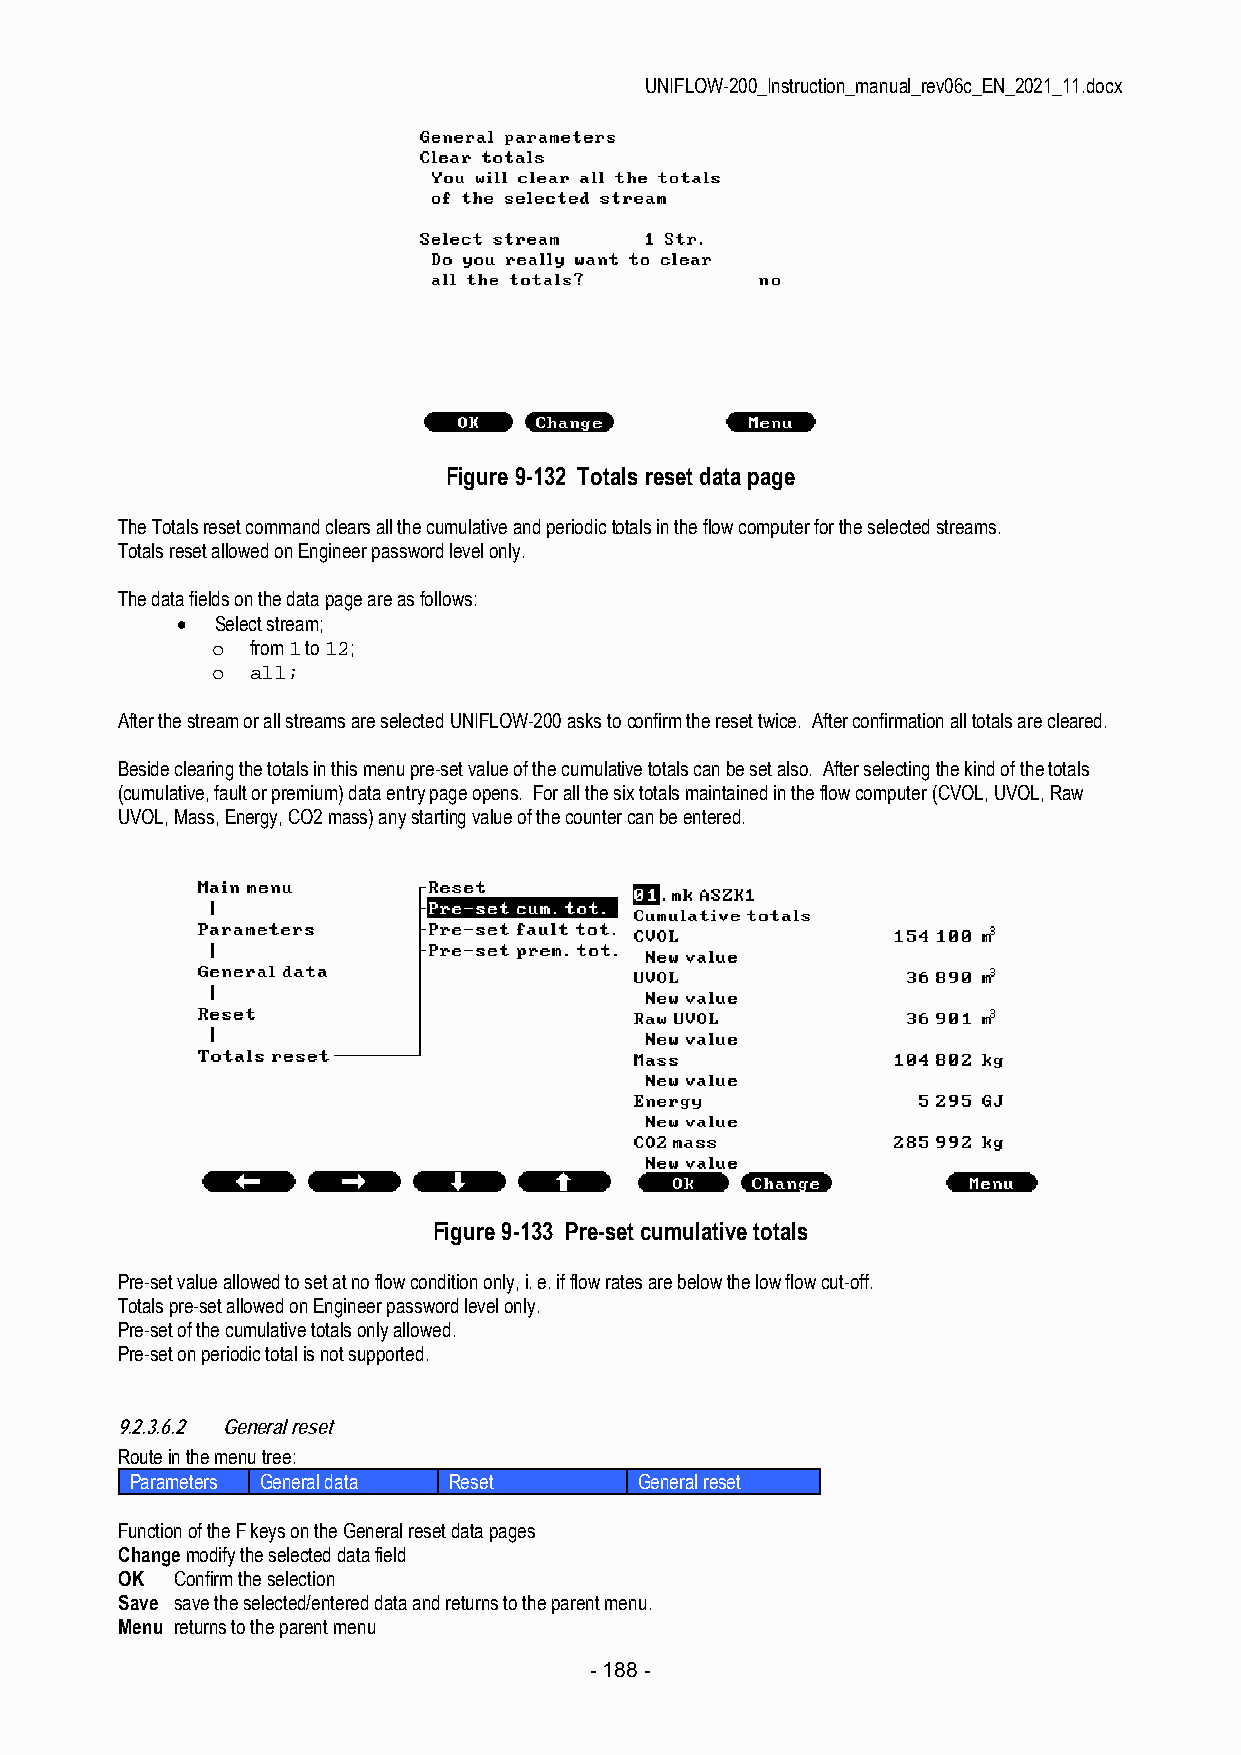
UNIFLOW-200_Instruction_manual_rev06c_EN_2021_11.docx
 Figure 9-132 Totals reset data page
 The Totals reset command clears all the cumulative and periodic totals in the flow computer for the selected streams.
 Totals reset allowed on Engineer password level only.
 The data fields on the data page are as follows:
  Select stream;
 o  from 1 to 12;
 o  all;
 After the stream or all streams are selected UNIFLOW-200 asks to confirm the reset twice. After confirmation all totals are cleared.
 Beside clearing the totals in this menu pre-set value of the cumulative totals can be set also. After selecting the kind of the totals
 (cumulative, fault or premium) data entry page opens. For all the six totals maintained in the flow computer (CVOL, UVOL, Raw
 UVOL, Mass, Energy, CO2 mass) any starting value of the counter can be entered.
 Figure 9-133 Pre-set cumulative totals
 Pre-set value allowed to set at no flow condition only, i. e. if flow rates are below the low flow cut-off.
 Totals pre-set allowed on Engineer password level only.
 Pre-set of the cumulative totals only allowed.
 Pre-set on periodic total is not supported.
 9.2.3.6.2 General reset
 Route in the menu tree:
 Parameters General data Reset    General reset
 Function of the F keys on the General reset data pages
 Change modify the selected data field
 OK  Confirm the selection
 Save save the selected/entered data and returns to the parent menu.
 Menu returns to the parent menu
 - 188 -